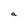
Character: a